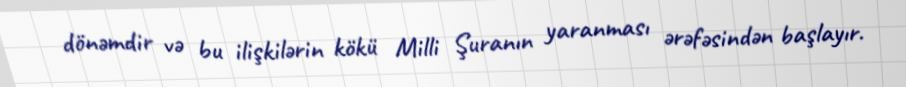
dönəmdir və bu ilişkilərin kökü Milli Şuranın yaranması ərəfəsindən başlayır.